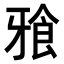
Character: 𭷒